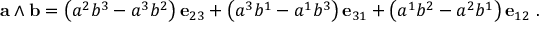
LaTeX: \mathbf { a } \wedge \mathbf { b } = \left( a ^ { 2 } b ^ { 3 } - a ^ { 3 } b ^ { 2 } \right) \mathbf { e } _ { 2 3 } + \left( a ^ { 3 } b ^ { 1 } - a ^ { 1 } b ^ { 3 } \right) \mathbf { e } _ { 3 1 } + \left( a ^ { 1 } b ^ { 2 } - a ^ { 2 } b ^ { 1 } \right) \mathbf { e } _ { 1 2 } \ .